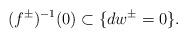
LaTeX: \begin{align*}(f^{\pm})^{-1}(0) \subset \{ dw^{\pm}=0\}. \end{align*}